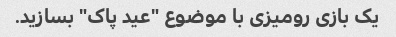
یک بازی رومیزی با موضوع "عید پاک" بسازید.